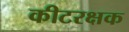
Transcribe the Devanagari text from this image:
कीटरक्षक